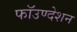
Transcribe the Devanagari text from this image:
फॉउण्देशन